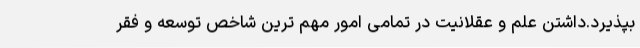
بپذیرد.داشتن علم و عقلانیت در تمامی امور مهم ترین شاخص توسعه و فقر